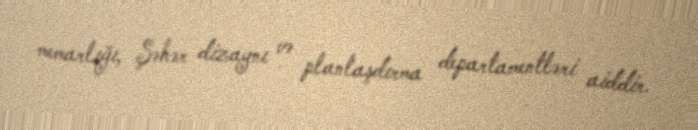
memarlığı, Şəhər dizaynı və planlaşdırma departamentləri aiddir.